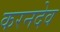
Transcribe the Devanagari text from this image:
करनदेव